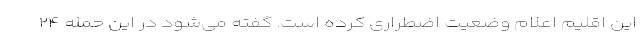
این اقلیم اعلام وضعیت اضطراری کرده است. گفته می‌شود در این حمله ۲۴